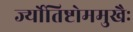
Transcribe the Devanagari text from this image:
र्ज्योतिष्टोममुखैः